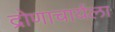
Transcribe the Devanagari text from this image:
द्रोणाचार्यला